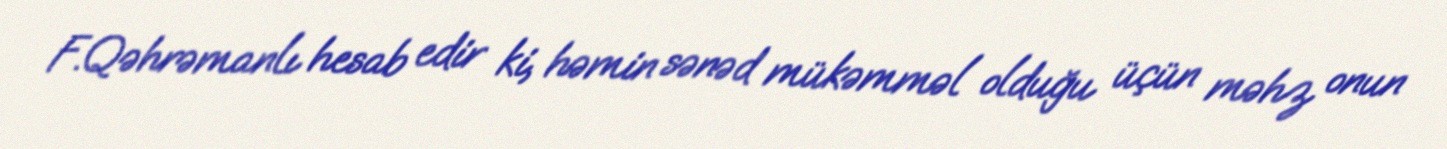
F.Qəhrəmanlı hesab edir ki, həmin sənəd mükəmməl olduğu üçün məhz onun